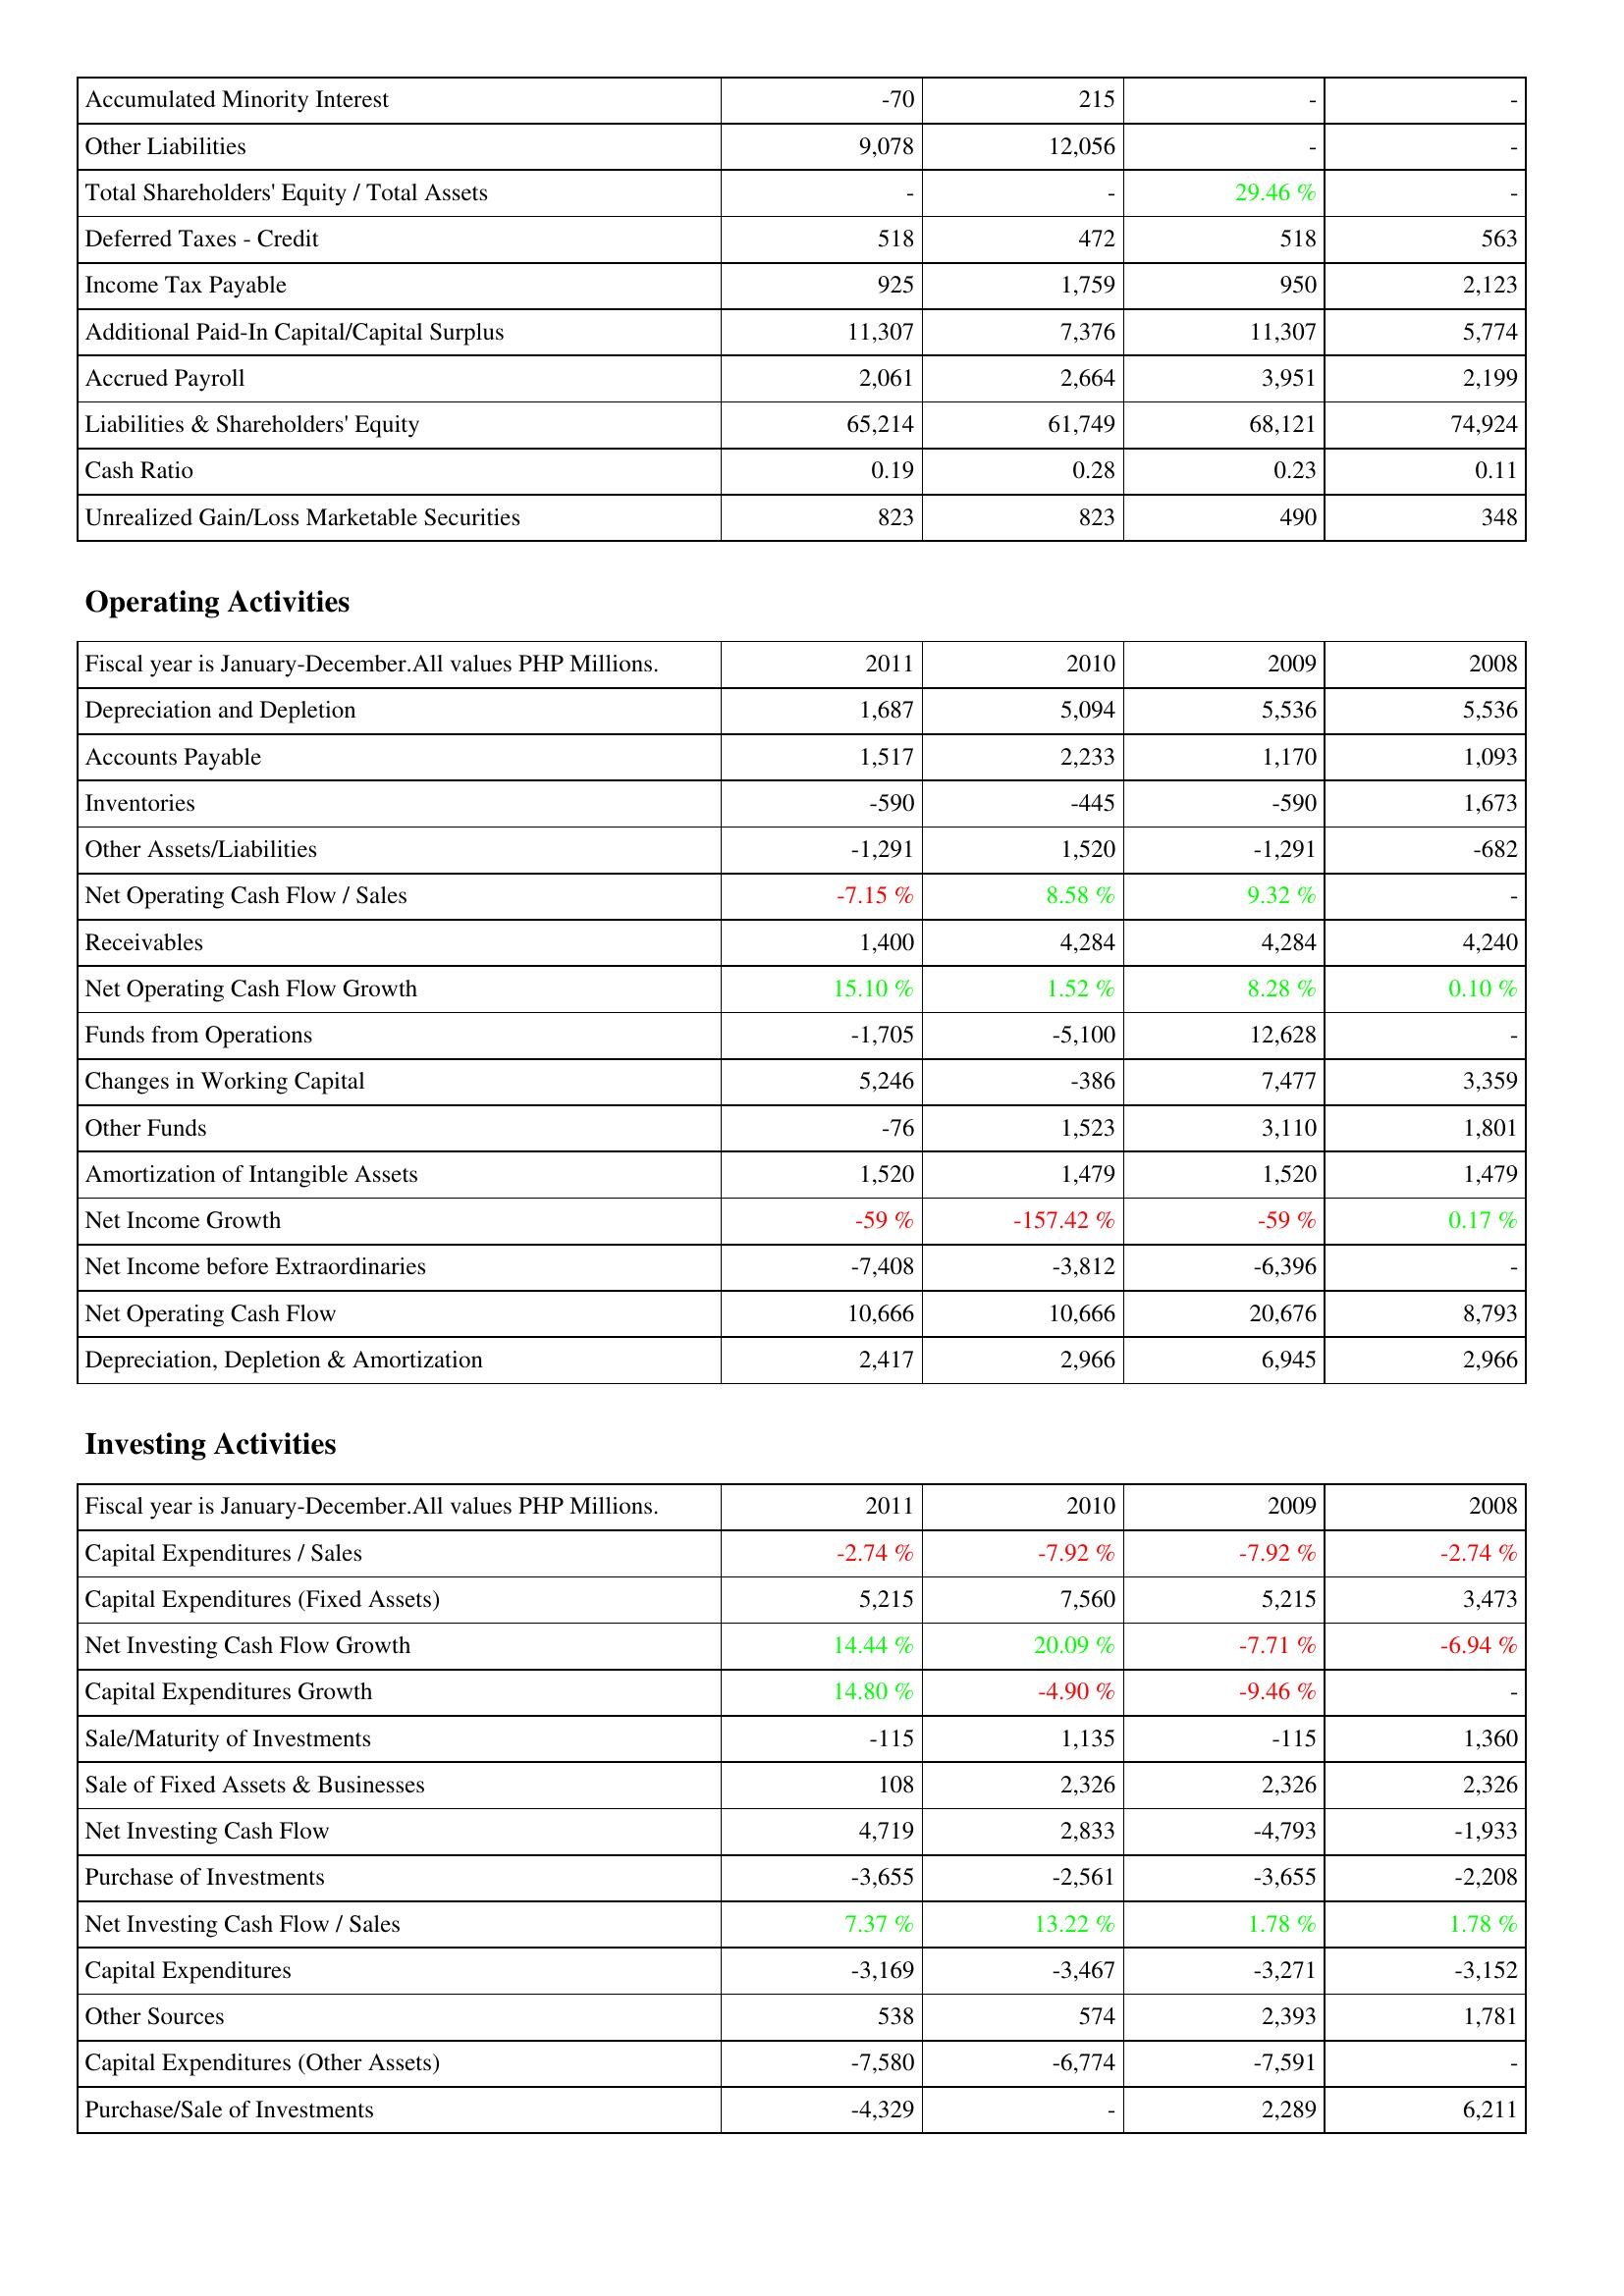
2011: Liabilities & Shareholders' Equity: Accumulated Minority Interest: -70
Other Liabilities: 9,078
Total Shareholders' Equity / Total Assets: -
Deferred Taxes - Credit: 518
Income Tax Payable: 925
Additional Paid-In Capital/Capital Surplus: 11,307
Accrued Payroll: 2,061
Liabilities & Shareholders' Equity: 65,214
Cash Ratio: 0.19
Unrealized Gain/Loss Marketable Securities: 823
Operating Activities: Depreciation and Depletion: 1,687
Accounts Payable: 1,517
Inventories: -590
Other Assets/Liabilities: -1,291
Net Operating Cash Flow / Sales: -7.15 %
Receivables: 1,400
Net Operating Cash Flow Growth: 15.10 %
Funds from Operations: -1,705
Changes in Working Capital: 5,246
Other Funds: -76
Amortization of Intangible Assets: 1,520
Net Income Growth: -59 %
Net Income before Extraordinaries: -7,408
Net Operating Cash Flow: 10,666
Depreciation, Depletion & Amortization: 2,417
Investing Activities: Capital Expenditures / Sales: -2.74 %
Capital Expenditures (Fixed Assets): 5,215
Net Investing Cash Flow Growth: 14.44 %
Capital Expenditures Growth: 14.80 %
Sale/Maturity of Investments: -115
Sale of Fixed Assets & Businesses: 108
Net Investing Cash Flow: 4,719
Purchase of Investments: -3,655
Net Investing Cash Flow / Sales: 7.37 %
Capital Expenditures: -3,169
Other Sources: 538
Capital Expenditures (Other Assets): -7,580
Purchase/Sale of Investments: -4,329
2010: Liabilities & Shareholders' Equity: Accumulated Minority Interest: 215
Other Liabilities: 12,056
Total Shareholders' Equity / Total Assets: -
Deferred Taxes - Credit: 472
Income Tax Payable: 1,759
Additional Paid-In Capital/Capital Surplus: 7,376
Accrued Payroll: 2,664
Liabilities & Shareholders' Equity: 61,749
Cash Ratio: 0.28
Unrealized Gain/Loss Marketable Securities: 823
Operating Activities: Depreciation and Depletion: 5,094
Accounts Payable: 2,233
Inventories: -445
Other Assets/Liabilities: 1,520
Net Operating Cash Flow / Sales: 8.58 %
Receivables: 4,284
Net Operating Cash Flow Growth: 1.52 %
Funds from Operations: -5,100
Changes in Working Capital: -386
Other Funds: 1,523
Amortization of Intangible Assets: 1,479
Net Income Growth: -157.42 %
Net Income before Extraordinaries: -3,812
Net Operating Cash Flow: 10,666
Depreciation, Depletion & Amortization: 2,966
Investing Activities: Capital Expenditures / Sales: -7.92 %
Capital Expenditures (Fixed Assets): 7,560
Net Investing Cash Flow Growth: 20.09 %
Capital Expenditures Growth: -4.90 %
Sale/Maturity of Investments: 1,135
Sale of Fixed Assets & Businesses: 2,326
Net Investing Cash Flow: 2,833
Purchase of Investments: -2,561
Net Investing Cash Flow / Sales: 13.22 %
Capital Expenditures: -3,467
Other Sources: 574
Capital Expenditures (Other Assets): -6,774
Purchase/Sale of Investments: -
2009: Liabilities & Shareholders' Equity: Accumulated Minority Interest: -
Other Liabilities: -
Total Shareholders' Equity / Total Assets: 29.46 %
Deferred Taxes - Credit: 518
Income Tax Payable: 950
Additional Paid-In Capital/Capital Surplus: 11,307
Accrued Payroll: 3,951
Liabilities & Shareholders' Equity: 68,121
Cash Ratio: 0.23
Unrealized Gain/Loss Marketable Securities: 490
Operating Activities: Depreciation and Depletion: 5,536
Accounts Payable: 1,170
Inventories: -590
Other Assets/Liabilities: -1,291
Net Operating Cash Flow / Sales: 9.32 %
Receivables: 4,284
Net Operating Cash Flow Growth: 8.28 %
Funds from Operations: 12,628
Changes in Working Capital: 7,477
Other Funds: 3,110
Amortization of Intangible Assets: 1,520
Net Income Growth: -59 %
Net Income before Extraordinaries: -6,396
Net Operating Cash Flow: 20,676
Depreciation, Depletion & Amortization: 6,945
Investing Activities: Capital Expenditures / Sales: -7.92 %
Capital Expenditures (Fixed Assets): 5,215
Net Investing Cash Flow Growth: -7.71 %
Capital Expenditures Growth: -9.46 %
Sale/Maturity of Investments: -115
Sale of Fixed Assets & Businesses: 2,326
Net Investing Cash Flow: -4,793
Purchase of Investments: -3,655
Net Investing Cash Flow / Sales: 1.78 %
Capital Expenditures: -3,271
Other Sources: 2,393
Capital Expenditures (Other Assets): -7,591
Purchase/Sale of Investments: 2,289
2008: Liabilities & Shareholders' Equity: Accumulated Minority Interest: -
Other Liabilities: -
Total Shareholders' Equity / Total Assets: -
Deferred Taxes - Credit: 563
Income Tax Payable: 2,123
Additional Paid-In Capital/Capital Surplus: 5,774
Accrued Payroll: 2,199
Liabilities & Shareholders' Equity: 74,924
Cash Ratio: 0.11
Unrealized Gain/Loss Marketable Securities: 348
Operating Activities: Depreciation and Depletion: 5,536
Accounts Payable: 1,093
Inventories: 1,673
Other Assets/Liabilities: -682
Net Operating Cash Flow / Sales: -
Receivables: 4,240
Net Operating Cash Flow Growth: 0.10 %
Funds from Operations: -
Changes in Working Capital: 3,359
Other Funds: 1,801
Amortization of Intangible Assets: 1,479
Net Income Growth: 0.17 %
Net Income before Extraordinaries: -
Net Operating Cash Flow: 8,793
Depreciation, Depletion & Amortization: 2,966
Investing Activities: Capital Expenditures / Sales: -2.74 %
Capital Expenditures (Fixed Assets): 3,473
Net Investing Cash Flow Growth: -6.94 %
Capital Expenditures Growth: -
Sale/Maturity of Investments: 1,360
Sale of Fixed Assets & Businesses: 2,326
Net Investing Cash Flow: -1,933
Purchase of Investments: -2,208
Net Investing Cash Flow / Sales: 1.78 %
Capital Expenditures: -3,152
Other Sources: 1,781
Capital Expenditures (Other Assets): -
Purchase/Sale of Investments: 6,211